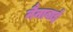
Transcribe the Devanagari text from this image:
नैनाबाई